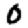
Digit: 0